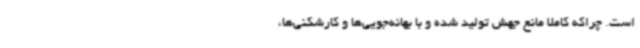
است. چراکه کاملا مانع جهش تولید شده و با بهانه‌جویی‌ها و کارشکنی‌ها،